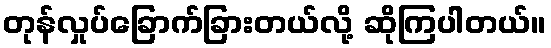
တုန်လှုပ်ခြောက်ခြားတယ်လို့ ဆိုကြပါတယ်။